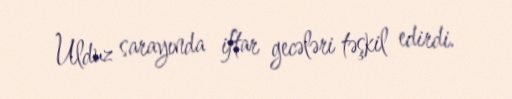
Ulduz sarayında iftar gecələri təşkil edirdi.